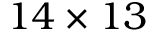
1 4 \times 1 3